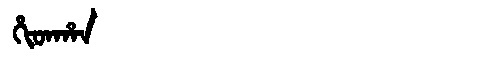
Manchu: ᡥᡳᡨᡥᠠᠨ
Romanization: HITHAN